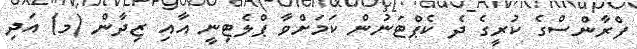
ފްރާންސްގެ ކުރީގެ ދެ ކެޕްޓަނުން ކަމަށްވާ ޕްލެޓިނީ އާއި ޒިދާން (މ) އަދި